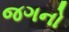
જગનો